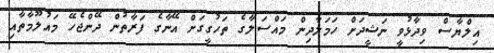
އިލްޔާސް ވިދާޅުވީ ނަޝީދަށް ހަމަލާދިން މައްސަލާގެ ތަހުގީގަށް އޭނާގެ ފަރާތުން ދޭންޖެހޭ މައުލޫމާތާއި